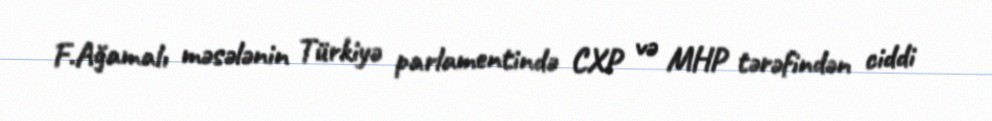
F.Ağamalı məsələnin Türkiyə parlamentində CXP və MHP tərəfindən ciddi